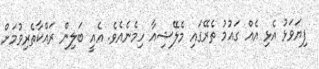
ފިޔަވަޅު އެޅި އެއް ގައުމު ތެރޭގައި މެލޭޝިއާ ހިމެނެއެވެ. އެއީ ބަލިން ރައްކާތެރިވުމަށް